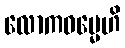
လောကဓမ္မေဟိ